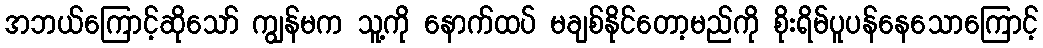
အဘယ်ကြောင့်ဆိုသော် ကျွန်မက သူ့ကို နောက်ထပ် မချစ်နိုင်တော့မည်ကို စိုးရိမ်ပူပန်နေသောကြောင့်